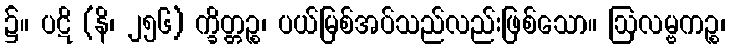
၌။ ပဋိ (နိ၊ ၂၅၆) က္ခိတ္တဉ္စ၊ ပယ်မြစ်အပ်သည်လည်းဖြစ်သော။ ဩလမ္ဗကဉ္စ၊